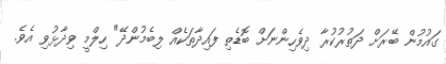
ގައުމުން ބޭރަށް ދަތުރުކުރާ ދިވެހިންނަށް ބޮޑެތި ފައިދާތަކެއް ލިބެމުންދޭ" ހިލްމީ ވިދާޅުވި އެވެ.